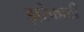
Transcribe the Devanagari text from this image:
झरेकाठी